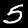
Label: 5